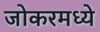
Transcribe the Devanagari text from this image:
जोकरमध्ये